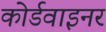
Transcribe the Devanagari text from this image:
कोर्डवाइनर